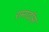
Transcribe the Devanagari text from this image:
रामादॉस